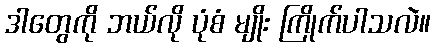
ဒါတွေကို ဘယ်လို ပုံစံ မျိုး ကြိုက်ပါသလဲ။